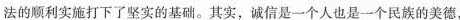
法的顺利实施打下了坚实的基础。其实，诚信是一个人也是一个民族的美德